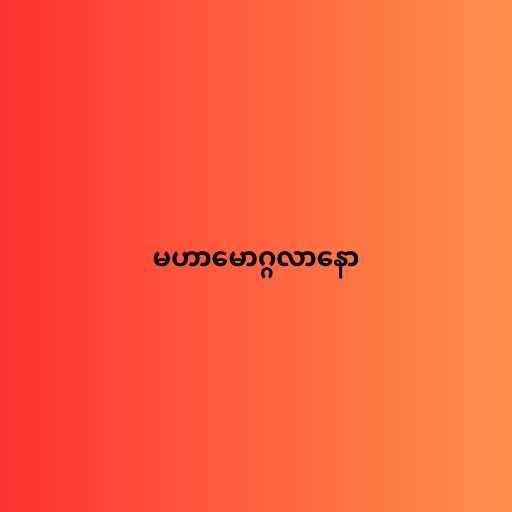
မဟာမောဂ္ဂလာနော